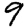
Digit: 9